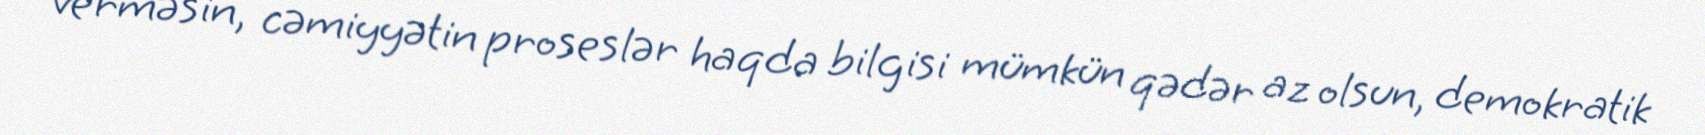
verməsin, cəmiyyətin proseslər haqda bilgisi mümkün qədər az olsun, demokratik